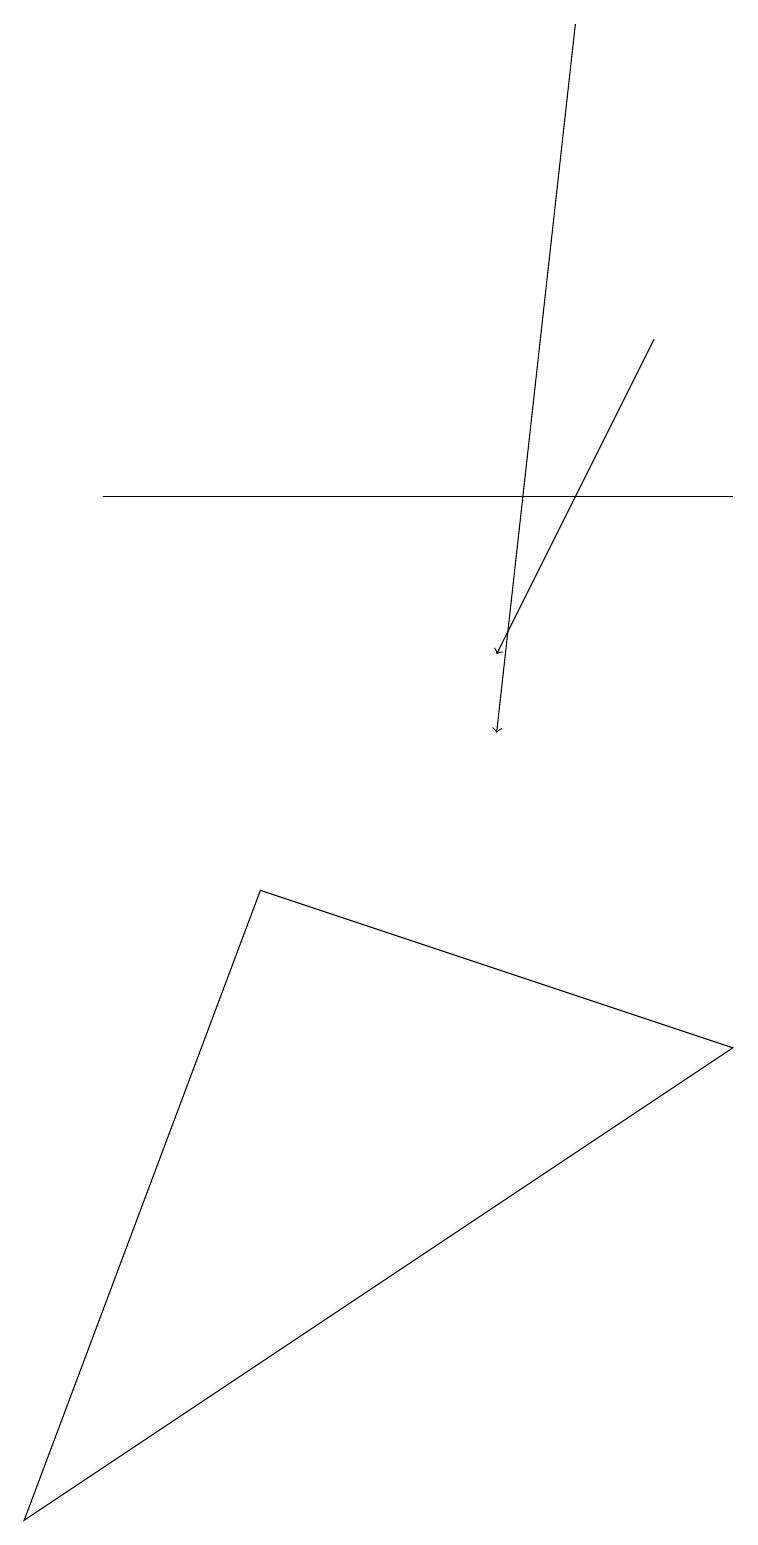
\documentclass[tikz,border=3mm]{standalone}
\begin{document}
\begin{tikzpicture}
\draw[->] (7,19) -- (6,10);
\draw (9,13) rectangle (1,13);
\draw (3,8) -- (9,6) -- (0,0) -- cycle;
\draw[->] (8,15) -- (6,11);
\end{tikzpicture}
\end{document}